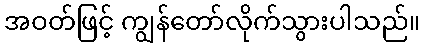
အဝတ်ဖြင့် ကျွန်တော်လိုက်သွားပါသည်။